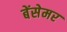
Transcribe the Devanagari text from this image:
बेंसेमर